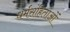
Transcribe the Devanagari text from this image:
धर्मसंहिताओं